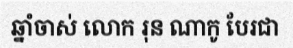
ឆ្នាំចាស់ លោក រុន ណាកូ បែរជា